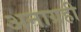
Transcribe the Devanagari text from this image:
अनाग्रही